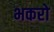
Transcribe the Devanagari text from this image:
भकरो